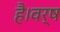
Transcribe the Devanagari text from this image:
है।वर्ष